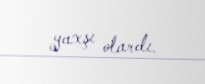
yaxşı olardı.